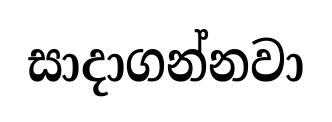
සාදාගන්නවා